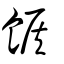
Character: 餱